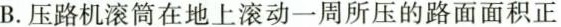
B. 压路机滚筒在地上滚动一周所压的路面面积正好